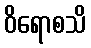
ဝိရောစသိ